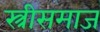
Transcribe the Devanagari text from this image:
स्त्रीसमाज